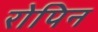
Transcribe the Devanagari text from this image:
रोपिन